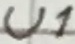
Text: U1